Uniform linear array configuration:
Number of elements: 16
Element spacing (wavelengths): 0.75
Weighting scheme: uniform
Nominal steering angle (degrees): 0
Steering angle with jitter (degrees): -1.643
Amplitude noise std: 0.05
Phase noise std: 0.05

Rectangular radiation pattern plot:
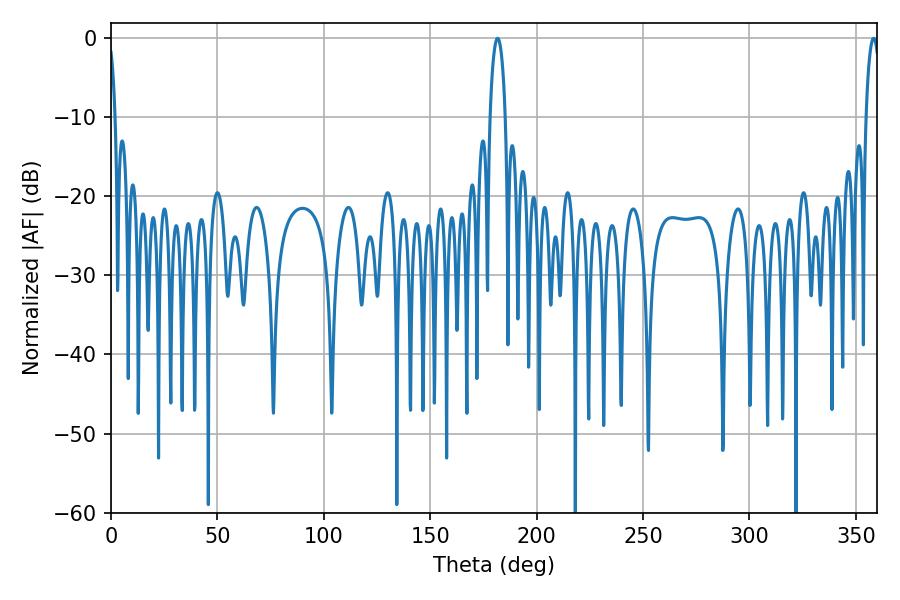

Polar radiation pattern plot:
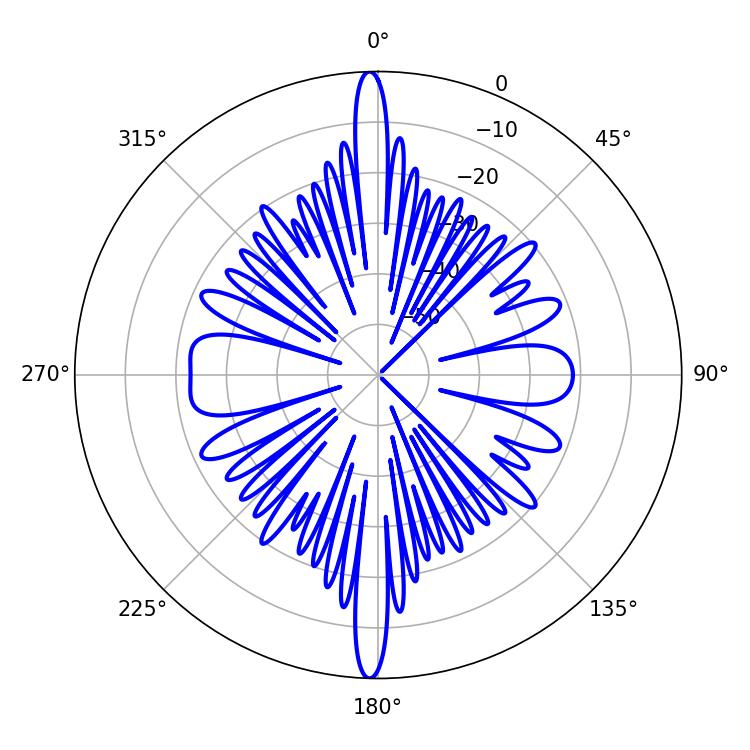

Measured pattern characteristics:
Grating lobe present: TRUE
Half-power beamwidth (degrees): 3.78
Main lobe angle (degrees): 358.38